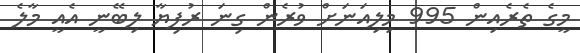
މީގެ ތެރެއިން 995 މިލިއަނަށް ވުރެން ގިނަ ރުފިޔާ ލިބޭނީ އެއީ މާލެ